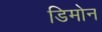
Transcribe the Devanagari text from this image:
डिमोन